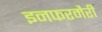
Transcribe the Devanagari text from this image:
इनफरमैरी